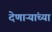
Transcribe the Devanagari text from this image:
देणाऱ्यांच्या